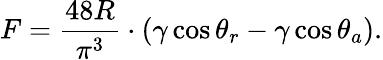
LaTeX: F=\frac{48R}{\pi^{3}}\cdot(\gamma\cos\theta_{r}-\gamma\cos\theta_{a}).